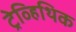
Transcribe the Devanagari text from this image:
ट्रेव्हिथिक